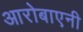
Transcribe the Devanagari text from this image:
आरोबाएनी